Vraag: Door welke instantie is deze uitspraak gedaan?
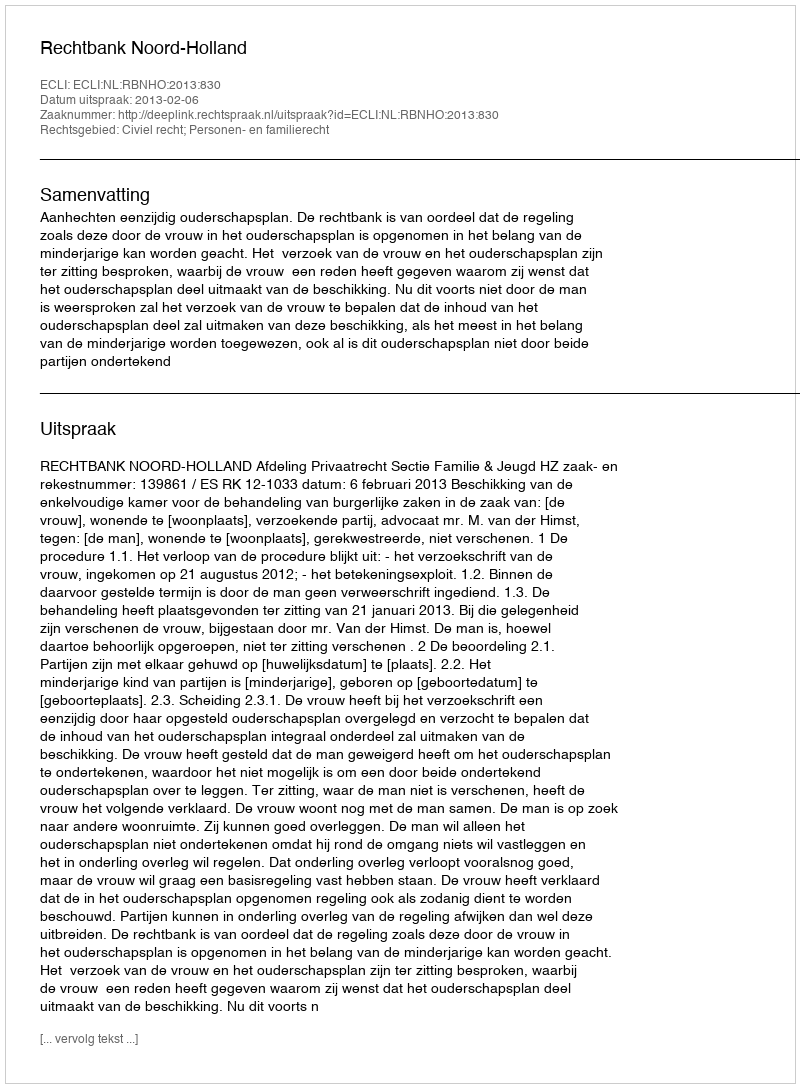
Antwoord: Rechtbank Noord-Holland